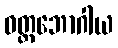
ဝတ္ထဘောဂါယ